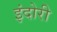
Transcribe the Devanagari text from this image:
इंदोरी